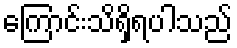
ကြောင်းသိရှိရပါသည်